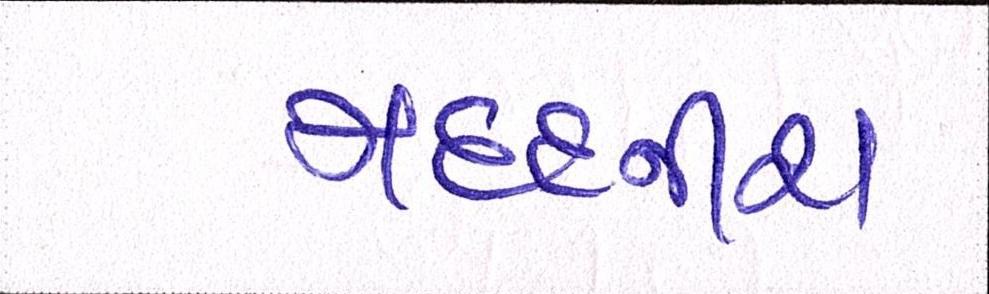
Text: મદદનીશ